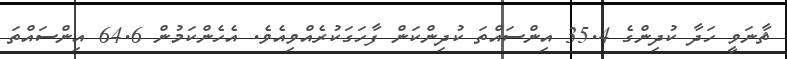
ޘާނަވީ ހަދާ ކުދިންގެ 35.4 އިންސައްތަ ކުދިންކަން ފާހަގަކުރެއްވިއެވެ. އެހެންކަމުން 64.6 އިންސައްތަ